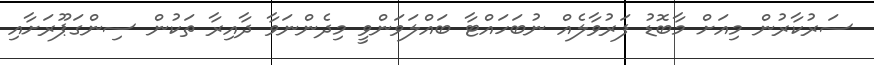
ސަރުކާރުން މިއަށް މާބޮޑު ފަރުވާލެއް ނުބަހައްޓާ ބައްލަވަންވީ މިދެންނަވާ ދާއިރާ ތަކުން ސިންގަޕޫރަށާއި